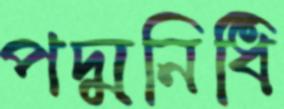
পদ্মনিধি